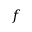
f